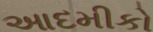
આદમીકો